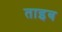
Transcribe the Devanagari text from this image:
ताइब